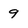
Character: 9